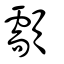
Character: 顬